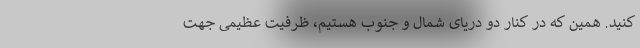
‌کنید. همین که در کنار دو دریای شمال و جنوب هستیم، ظرفیت عظیمی جهت